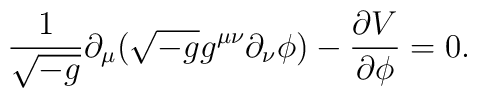
\frac{1}{\sqrt{-g}}\partial_\mu(\sqrt{-g}g^{\mu\nu}\partial_\nu\phi)-\frac{\partial V}{\partial\phi}=0.